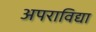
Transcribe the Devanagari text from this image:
अपराविद्या